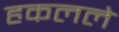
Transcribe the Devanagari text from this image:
हकलले